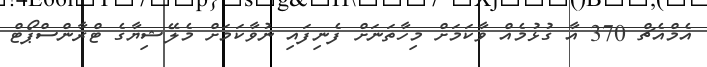
އެމްއެޗް 370 އާ ގުޅުމެއް ވާކަމަށް މިހާތަނަށް ފެނިފައި ނުވާކަމަށް މެލޭޝިޔާގެ ޓްރާންސްޕޯޓް